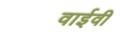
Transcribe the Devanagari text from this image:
वाईवी